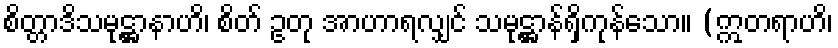
စိတ္တာဒိသမုဋ္ဌာနာဟိ၊ စိတ် ဥတု အာဟာရလျှင် သမုဋ္ဌာန်ရှိကုန်သော။ (ဣတရာဟိ၊